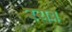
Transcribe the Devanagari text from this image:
रयब